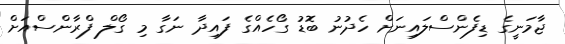
ޖާމަނީގެ ޑިފެންސްލައިނަށް ހެދުނު ބޮޑު ގޯހެއްގެ ފައިދާ ނަގާ މި ގޯލް ފްރާންސްއަށް